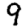
Digit: 9